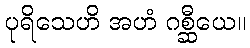
ပုရိသေဟိ အဟံ ဂစ္ဆီယေ။